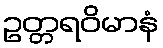
ဥတ္တရဝိမာနံ